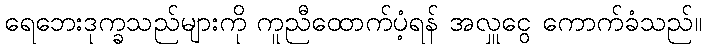
ရေဘေးဒုက္ခသည်များကို ကူညီထောက်ပံ့ရန် အလှူငွေ ကောက်ခံသည်။